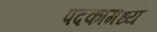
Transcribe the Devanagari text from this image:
पदकामध्ये